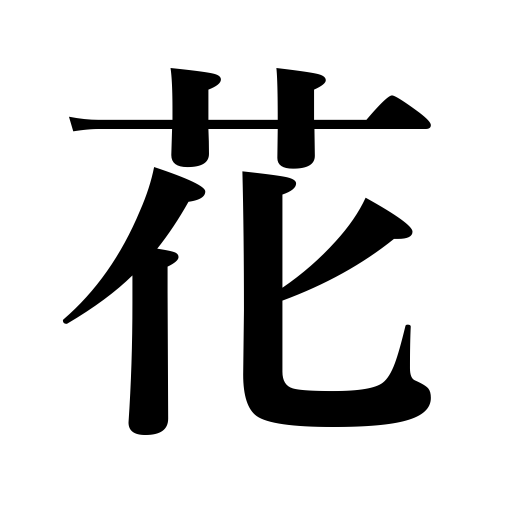
Meanings: flower,spirit,flower arrangement,essence,best days,pearl,beautiful woman,flower-card game,blossom,cherry blossoms,youth,pride